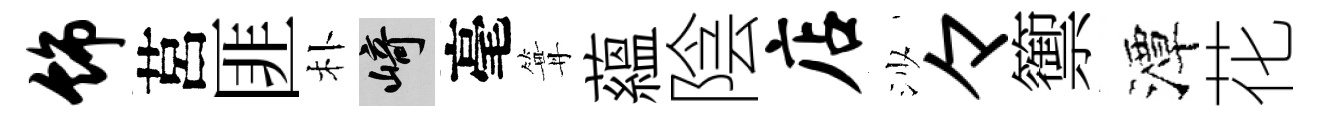
饰莒匪朴崎毫篝蘊陰店沙々籞潭花